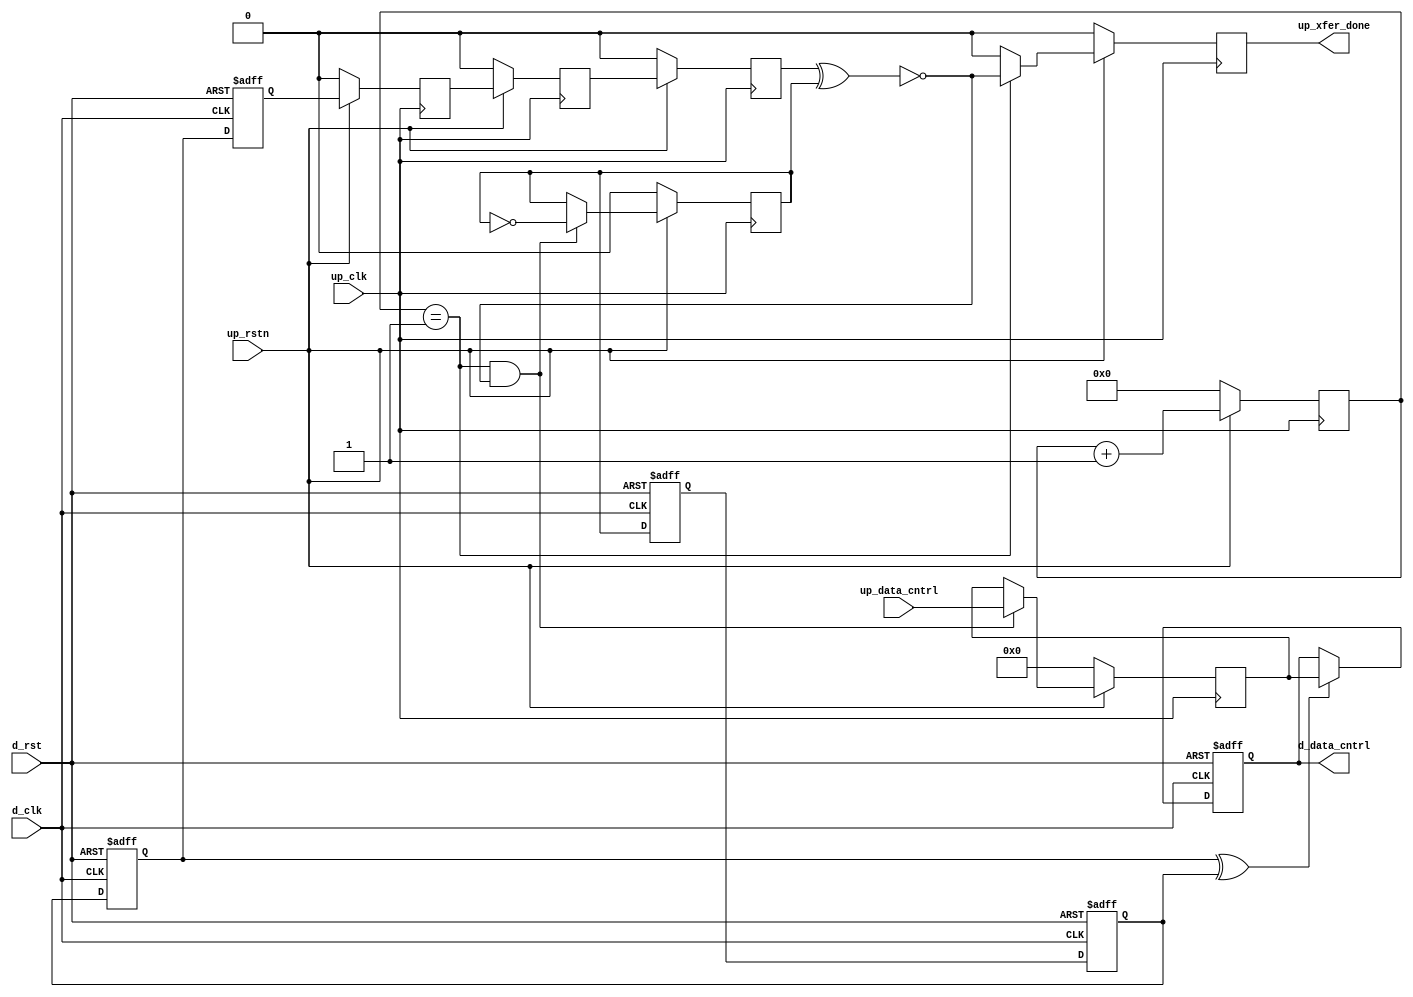
// ***************************************************************************
// ***************************************************************************
// Copyright 2014 - 2017 (c) Analog Devices, Inc. All rights reserved.
//
// In this HDL repository, there are many different and unique modules, consisting
// of various HDL (Verilog or VHDL) components. The individual modules are
// developed independently, and may be accompanied by separate and unique license
// terms.
//
// The user should read each of these license terms, and understand the
// freedoms and responsibilities that he or she has by using this source/core.
//
// This core is distributed in the hope that it will be useful, but WITHOUT ANY
// WARRANTY; without even the implied warranty of MERCHANTABILITY or FITNESS FOR
// A PARTICULAR PURPOSE.
//
// Redistribution and use of source or resulting binaries, with or without modification
// of this file, are permitted under one of the following two license terms:
//
//   1. The GNU General Public License version 2 as published by the
//      Free Software Foundation, which can be found in the top level directory
//      of this repository (LICENSE_GPL2), and also online at:
//      <https://www.gnu.org/licenses/old-licenses/gpl-2.0.html>
//
// OR
//
//   2. An ADI specific BSD license, which can be found in the top level directory
//      of this repository (LICENSE_ADIBSD), and also on-line at:
//      https://github.com/analogdevicesinc/hdl/blob/master/LICENSE_ADIBSD
//      This will allow to generate bit files and not release the source code,
//      as long as it attaches to an ADI device.
//
// ***************************************************************************
// ***************************************************************************

`timescale 1ns/100ps

module up_xfer_cntrl #(

  parameter     DATA_WIDTH = 8) (

  // up interface

  input                       up_rstn,
  input                       up_clk,
  input   [(DATA_WIDTH-1):0]  up_data_cntrl,
  output                      up_xfer_done,

  // device interface

  input                       d_rst,
  input                       d_clk,
  output  [(DATA_WIDTH-1):0]  d_data_cntrl);

  // internal registers

  reg                         up_xfer_state_m1 = 'd0;
  reg                         up_xfer_state_m2 = 'd0;
  reg                         up_xfer_state = 'd0;
  reg     [ 5:0]              up_xfer_count = 'd0;
  reg                         up_xfer_done_int = 'd0;
  reg                         up_xfer_toggle = 'd0;
  reg     [(DATA_WIDTH-1):0]  up_xfer_data = 'd0;
  reg                         d_xfer_toggle_m1 = 'd0;
  reg                         d_xfer_toggle_m2 = 'd0;
  reg                         d_xfer_toggle_m3 = 'd0;
  reg                         d_xfer_toggle = 'd0;
  reg     [(DATA_WIDTH-1):0]  d_data_cntrl_int = 'd0;

  // internal signals

  wire                        up_xfer_enable_s;
  wire                        d_xfer_toggle_s;

  // device control transfer

  assign up_xfer_done = up_xfer_done_int;
  assign up_xfer_enable_s = up_xfer_state ^ up_xfer_toggle;

  always @(posedge up_clk) begin
    if (up_rstn == 1'b0) begin
      up_xfer_state_m1 <= 'd0;
      up_xfer_state_m2 <= 'd0;
      up_xfer_state <= 'd0;
      up_xfer_count <= 'd0;
      up_xfer_done_int <= 'd0;
      up_xfer_toggle <= 'd0;
      up_xfer_data <= 'd0;
    end else begin
      up_xfer_state_m1 <= d_xfer_toggle;
      up_xfer_state_m2 <= up_xfer_state_m1;
      up_xfer_state <= up_xfer_state_m2;
      up_xfer_count <= up_xfer_count + 1'd1;
      up_xfer_done_int <= (up_xfer_count == 6'd1) ? ~up_xfer_enable_s : 1'b0;
      if ((up_xfer_count == 6'd1) && (up_xfer_enable_s == 1'b0)) begin
        up_xfer_toggle <= ~up_xfer_toggle;
        up_xfer_data <= up_data_cntrl;
      end
    end
  end

  assign d_data_cntrl = d_data_cntrl_int;
  assign d_xfer_toggle_s = d_xfer_toggle_m3 ^ d_xfer_toggle_m2;

  always @(posedge d_clk or posedge d_rst) begin
    if (d_rst == 1'b1) begin
      d_xfer_toggle_m1 <= 'd0;
      d_xfer_toggle_m2 <= 'd0;
      d_xfer_toggle_m3 <= 'd0;
      d_xfer_toggle <= 'd0;
      d_data_cntrl_int <= 'd0;
    end else begin
      d_xfer_toggle_m1 <= up_xfer_toggle;
      d_xfer_toggle_m2 <= d_xfer_toggle_m1;
      d_xfer_toggle_m3 <= d_xfer_toggle_m2;
      d_xfer_toggle <= d_xfer_toggle_m3;
      if (d_xfer_toggle_s == 1'b1) begin
        d_data_cntrl_int <= up_xfer_data;
      end
    end
  end

endmodule

// ***************************************************************************
// ***************************************************************************